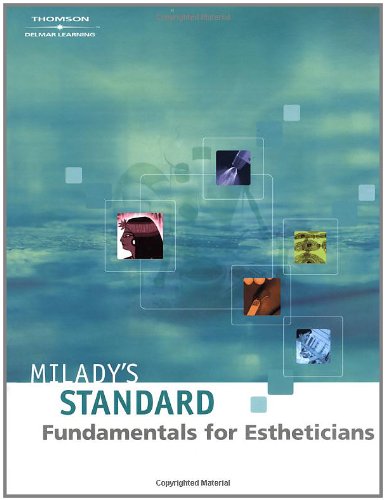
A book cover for Milady's Standard: Fundamentals for Estheticians; Joel Gerson; Health, Fitness & Dieting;